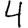
Digit: 4